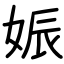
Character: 娠